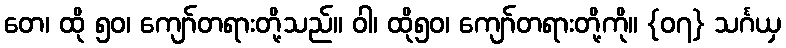
တေ၊ ထို ၅၀၊ ကျော်တရားတို့သည်။ ဝါ၊ ထို၅၀၊ ကျော်တရားတို့ကို။ {၀၇} သင်္ဂယှ